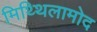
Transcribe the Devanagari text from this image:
मिथ्थिलामोद